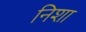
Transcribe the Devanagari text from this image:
निशा